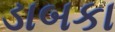
ડાબકા